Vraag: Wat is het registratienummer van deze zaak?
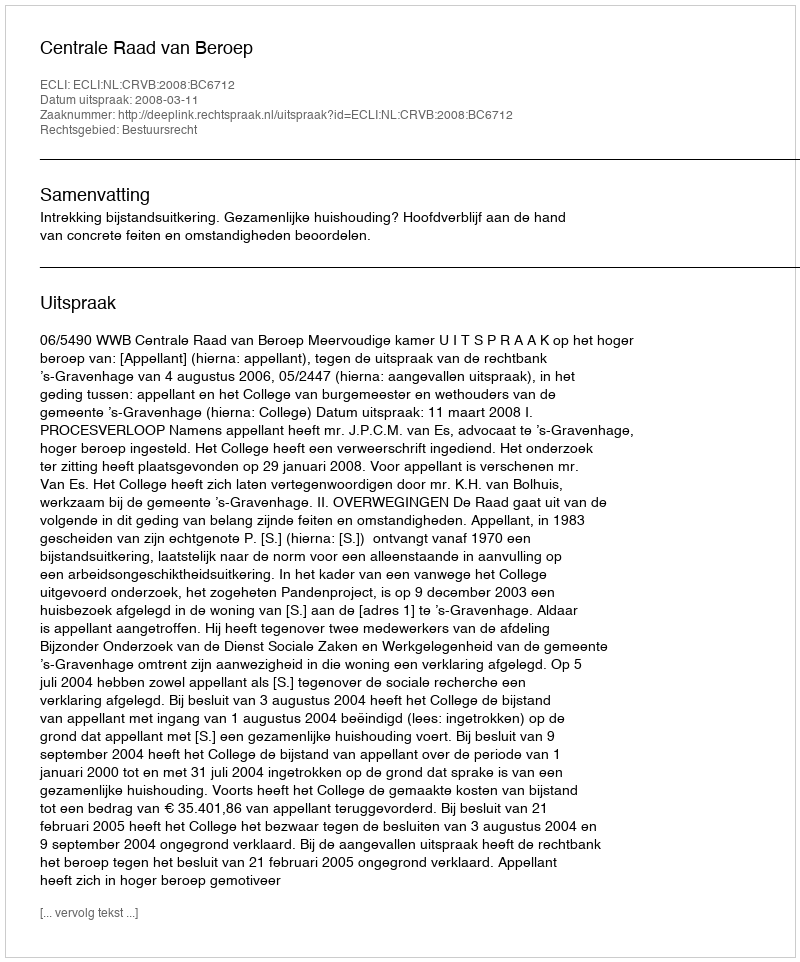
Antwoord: http://deeplink.rechtspraak.nl/uitspraak?id=ECLI:NL:CRVB:2008:BC6712